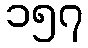
၁၅၇